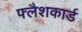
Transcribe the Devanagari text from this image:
फ्लैशकार्ड